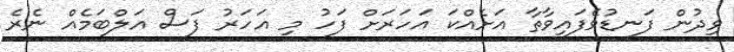
ވިދުން ފަނޑުވެފައިވާތާ އަށެއްކަ އަހަރަށް ފަހު މި އަހަރު ފަސް އަލްބަމެއް ނެރެ